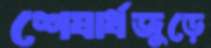
শেষার্ধজুড়ে